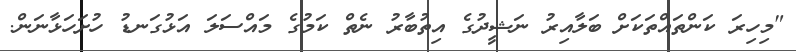
"މިހިރަ ކަންތައްތަކަށް ބަލާއިރު ނަޝީދުގެ އިތުބާރު ނެތް ކަމުގެ މައްސަލަ އަޅުގަނޑު ހުށަހަޅާނަން.